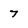
Character: 7